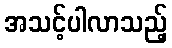
အသင့်ပါလာသည့်